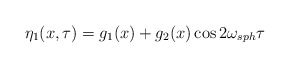
\begin{align*}\eta_1(x, \tau) = g_1(x) + g_2(x) \cos 2 \omega_{sph} \tau\end{align*}